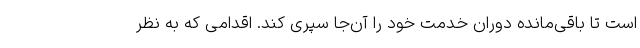
است تا باقی‌مانده دوران خدمت خود را آن‌جا سپری کند. اقدامی که به نظر